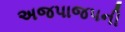
અજપાજપની